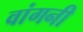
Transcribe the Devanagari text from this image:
वांगनी